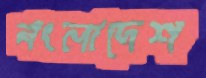
বংলাদেশ